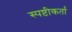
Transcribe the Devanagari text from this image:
स्पष्टीकर्ता